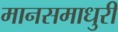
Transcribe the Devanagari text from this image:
मानसमाधुरी